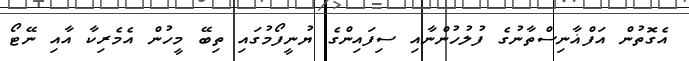
އެގޮތުން އަފްޣާނިސްތާނުގެ ފުލުހުންނާއި ސިފައިންގެ ޔުނީފޯމުގައި ތިބޭ މީހުން އެމެރިކާ އާއި ނޭޓޯ